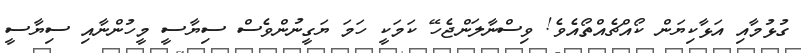
ގުޅުމާއި އަޅާކިޔަން ކޯއްޗެއްތޯއެވެ! ވިސްނާލަންޖެހޭ ކަމަކީ ހަމަ ޔަގީނުންވެސް ސިޔާސީ މީހުންނާއި ސިޔާސީ